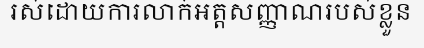
រស់ដោយការលាក់អត្តសញ្ញាណរបស់ខ្លួន